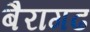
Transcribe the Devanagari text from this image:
बैरागढ